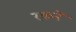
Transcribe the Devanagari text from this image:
रकने